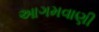
આગમવાણી